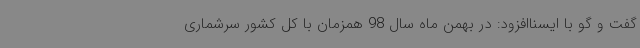
گفت و گو با ایسناافزود: در بهمن ماه سال 98 همزمان با کل کشور سرشماری